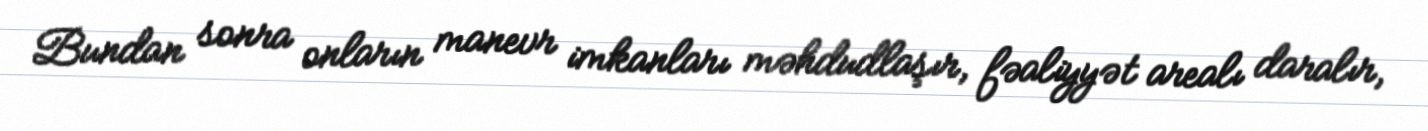
Bundan sonra onların manevr imkanları məhdudlaşır, fəaliyyət arealı daralır,